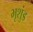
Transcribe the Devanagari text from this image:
भृशुंड